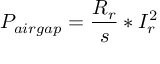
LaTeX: P _ { a i r g a p } = { \frac { R _ { r } } { s } } * I _ { r } ^ { 2 }